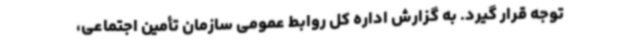
توجه قرار گیرد. به گزارش اداره کل روابط عمومی سازمان تأمین اجتماعی،